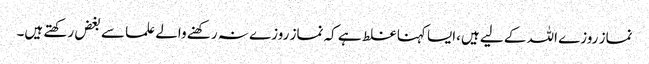
نماز روزے اللہ کے لیے ہیں،ایسا کہنا غلط ہے کہ نماز روزے نہ رکھنے والے علما سے بغض رکھتے ہیں۔